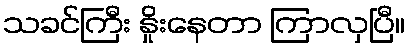
သခင်ကြီး နှိုးနေတာ ကြာလှပြီ။